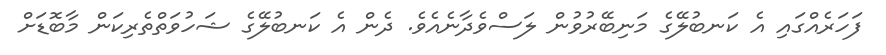
ފަހަރެއްގައި އެ ކަނބުލޭގެ މަނިބޭރުވުން ލަސްވެދާނެއެވެ. ދެން އެ ކަނބުލޭގެ ޝަހުވަތްތެރިކަން މާބޮޑަށް